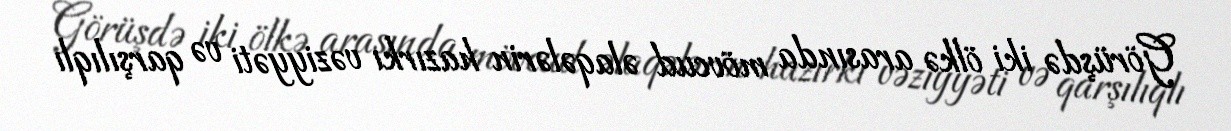
Görüşdə iki ölkə arasında mövcud əlaqələrin hazırkı vəziyyəti və qarşılıqlı